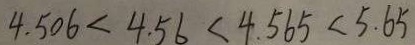
4 . 5 0 6 < 4 . 5 6 < 4 . 5 6 5 < 4 . 5 6 5